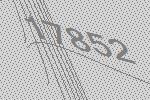
17852